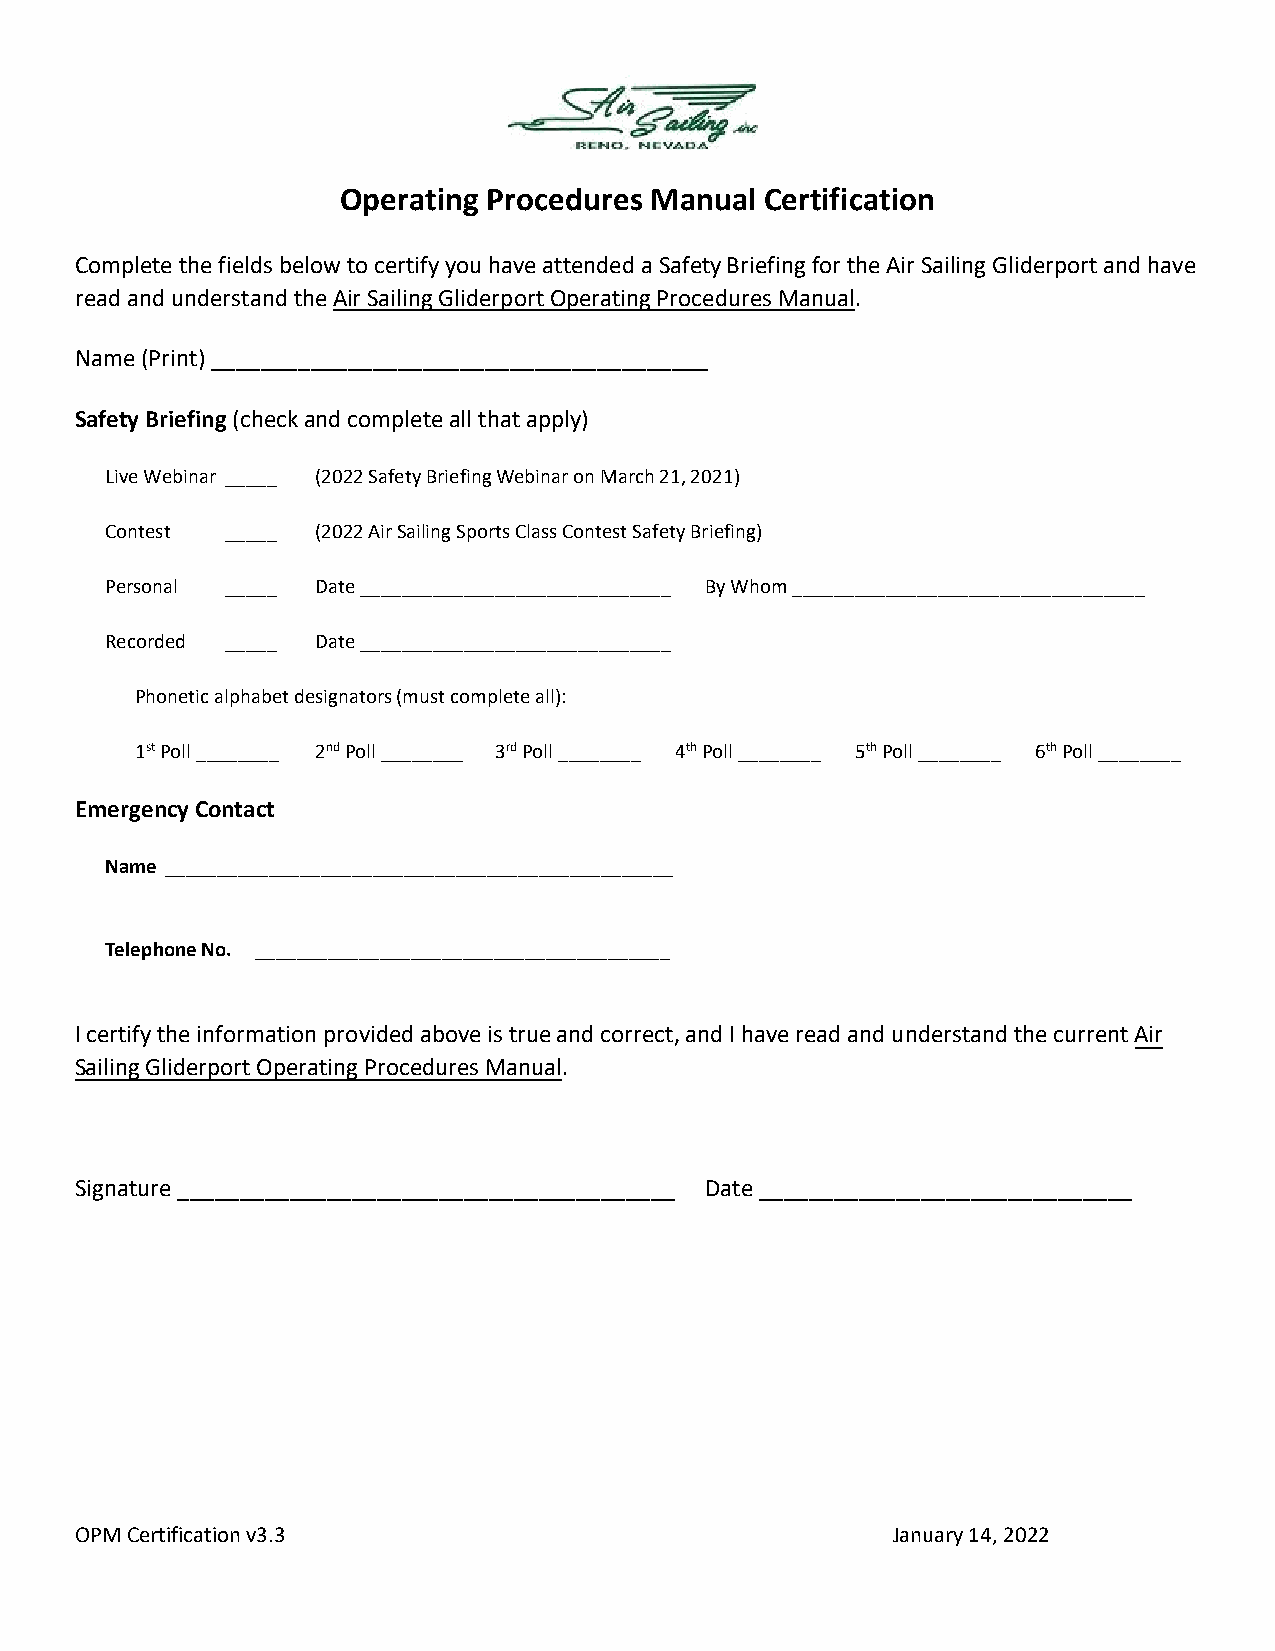
Operating Procedures Manual Certification
 Complete the fields below to certify you have attended a Safety Briefing for the Air Sailing Gliderport and have
 read and understand the Air Sailing Gliderport Operating Procedures Manual.
 Name (Print) ________________________________________
 Safety Briefing (check and complete all that apply)
 Live Webinar _____ (2022 Safety Briefing Webinar on March 21, 2021)
 Contest _____ (2022 Air Sailing Sports Class Contest Safety Briefing)
 Personal _____ Date ______________________________ By Whom __________________________________
 Recorded _____ Date ______________________________
 Phonetic alphabet designators (must complete all):
 1st Poll ________ 2nd Poll ________ 3rd Poll ________ 4th Poll ________ 5th Poll ________ 6th Poll ________
 Emergency Contact
 Name _________________________________________________
 Telephone No. ________________________________________
 I certify the information provided above is true and correct, and I have read and understand the current Air
 Sailing Gliderport Operating Procedures Manual.
 Signature ________________________________________ Date ______________________________
 OPM Certification v3.3                                January 14, 2022